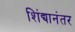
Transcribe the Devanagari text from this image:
शिंद्यानंतर